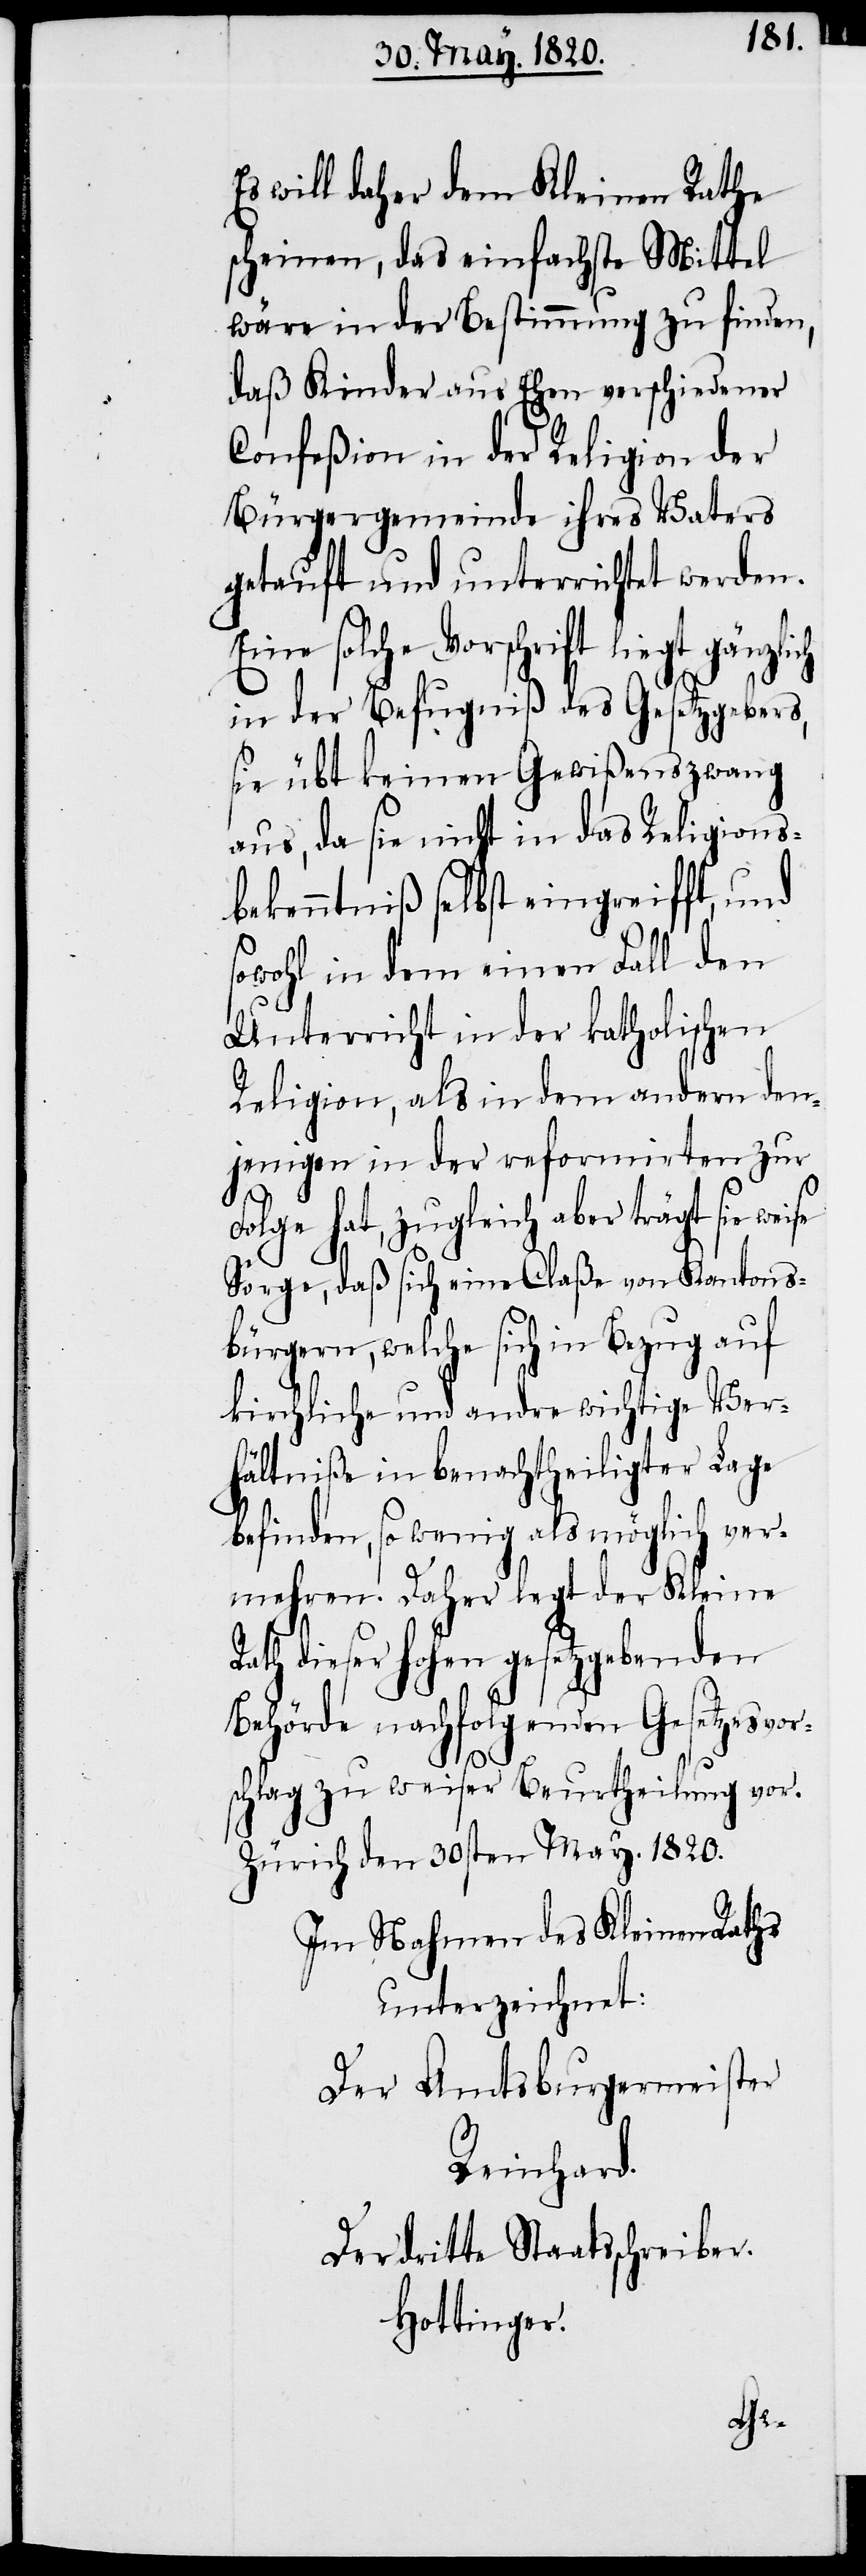
Es will daher dem Kleinen Rathe
scheinen, das einfachste Mittel
wäre in der Bestimmung zu finden,
daß Kinder aus Ehen verschiedener
Confeßion in der Religion der
Bürgergemeinde ihres Vaters
getauft und unterrichtet werden.
Eine solche Vorschrift liegt
in der Befugniß des Gesetzgebers,
sie übt keinen Gewißenszwang
aus, da sie nicht in das Religions¬
bekenntniß selbst eingreifft, und
sowohl in dem einen Fall den
Unterricht in der katholischen
Religion, als in dem andern den¬
jenigen in der reformirten zur
Folge hat, zugleich aber trägt sie
Sorge, daß sich eine Claße von Kantons¬
bürgern, welche sich in Bezug auf
kirchliche und andre wichtige Ver¬
hältniße in benachtheiligter Lage
befinden, so wenig als möglich ver¬
mehren. Daher legt der Kleine
Rath dieser hohen gesetzgebenden
Behörde nachfolgenden Gesetzesvor¬
schlag zu weiser Beurtheilung vor.
Zürich den 30sten May 1820.
Im Nahmen des Kleinen Raths
unterzeichnet:
Der Amtsburgermeister
Reinhard.
Der dritte Staatsschreiber.
Hottinger.